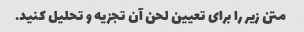
متن زیر را برای تعیین لحن آن تجزیه و تحلیل کنید.